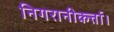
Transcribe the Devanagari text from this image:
निगरानीकर्त्ता।